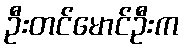
ဦးတင်မောင်ဦးက